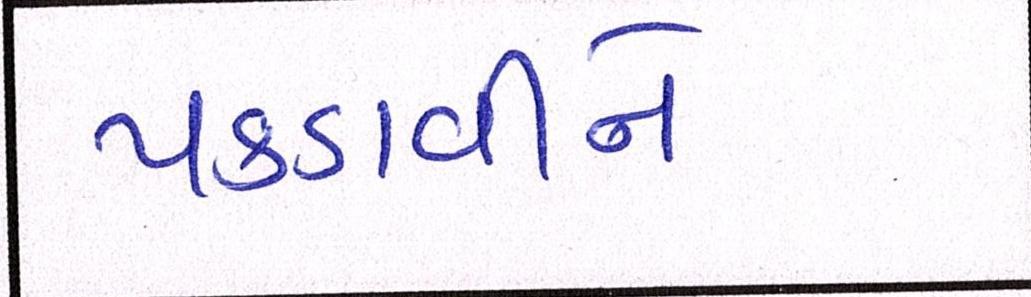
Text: પકડાવીને